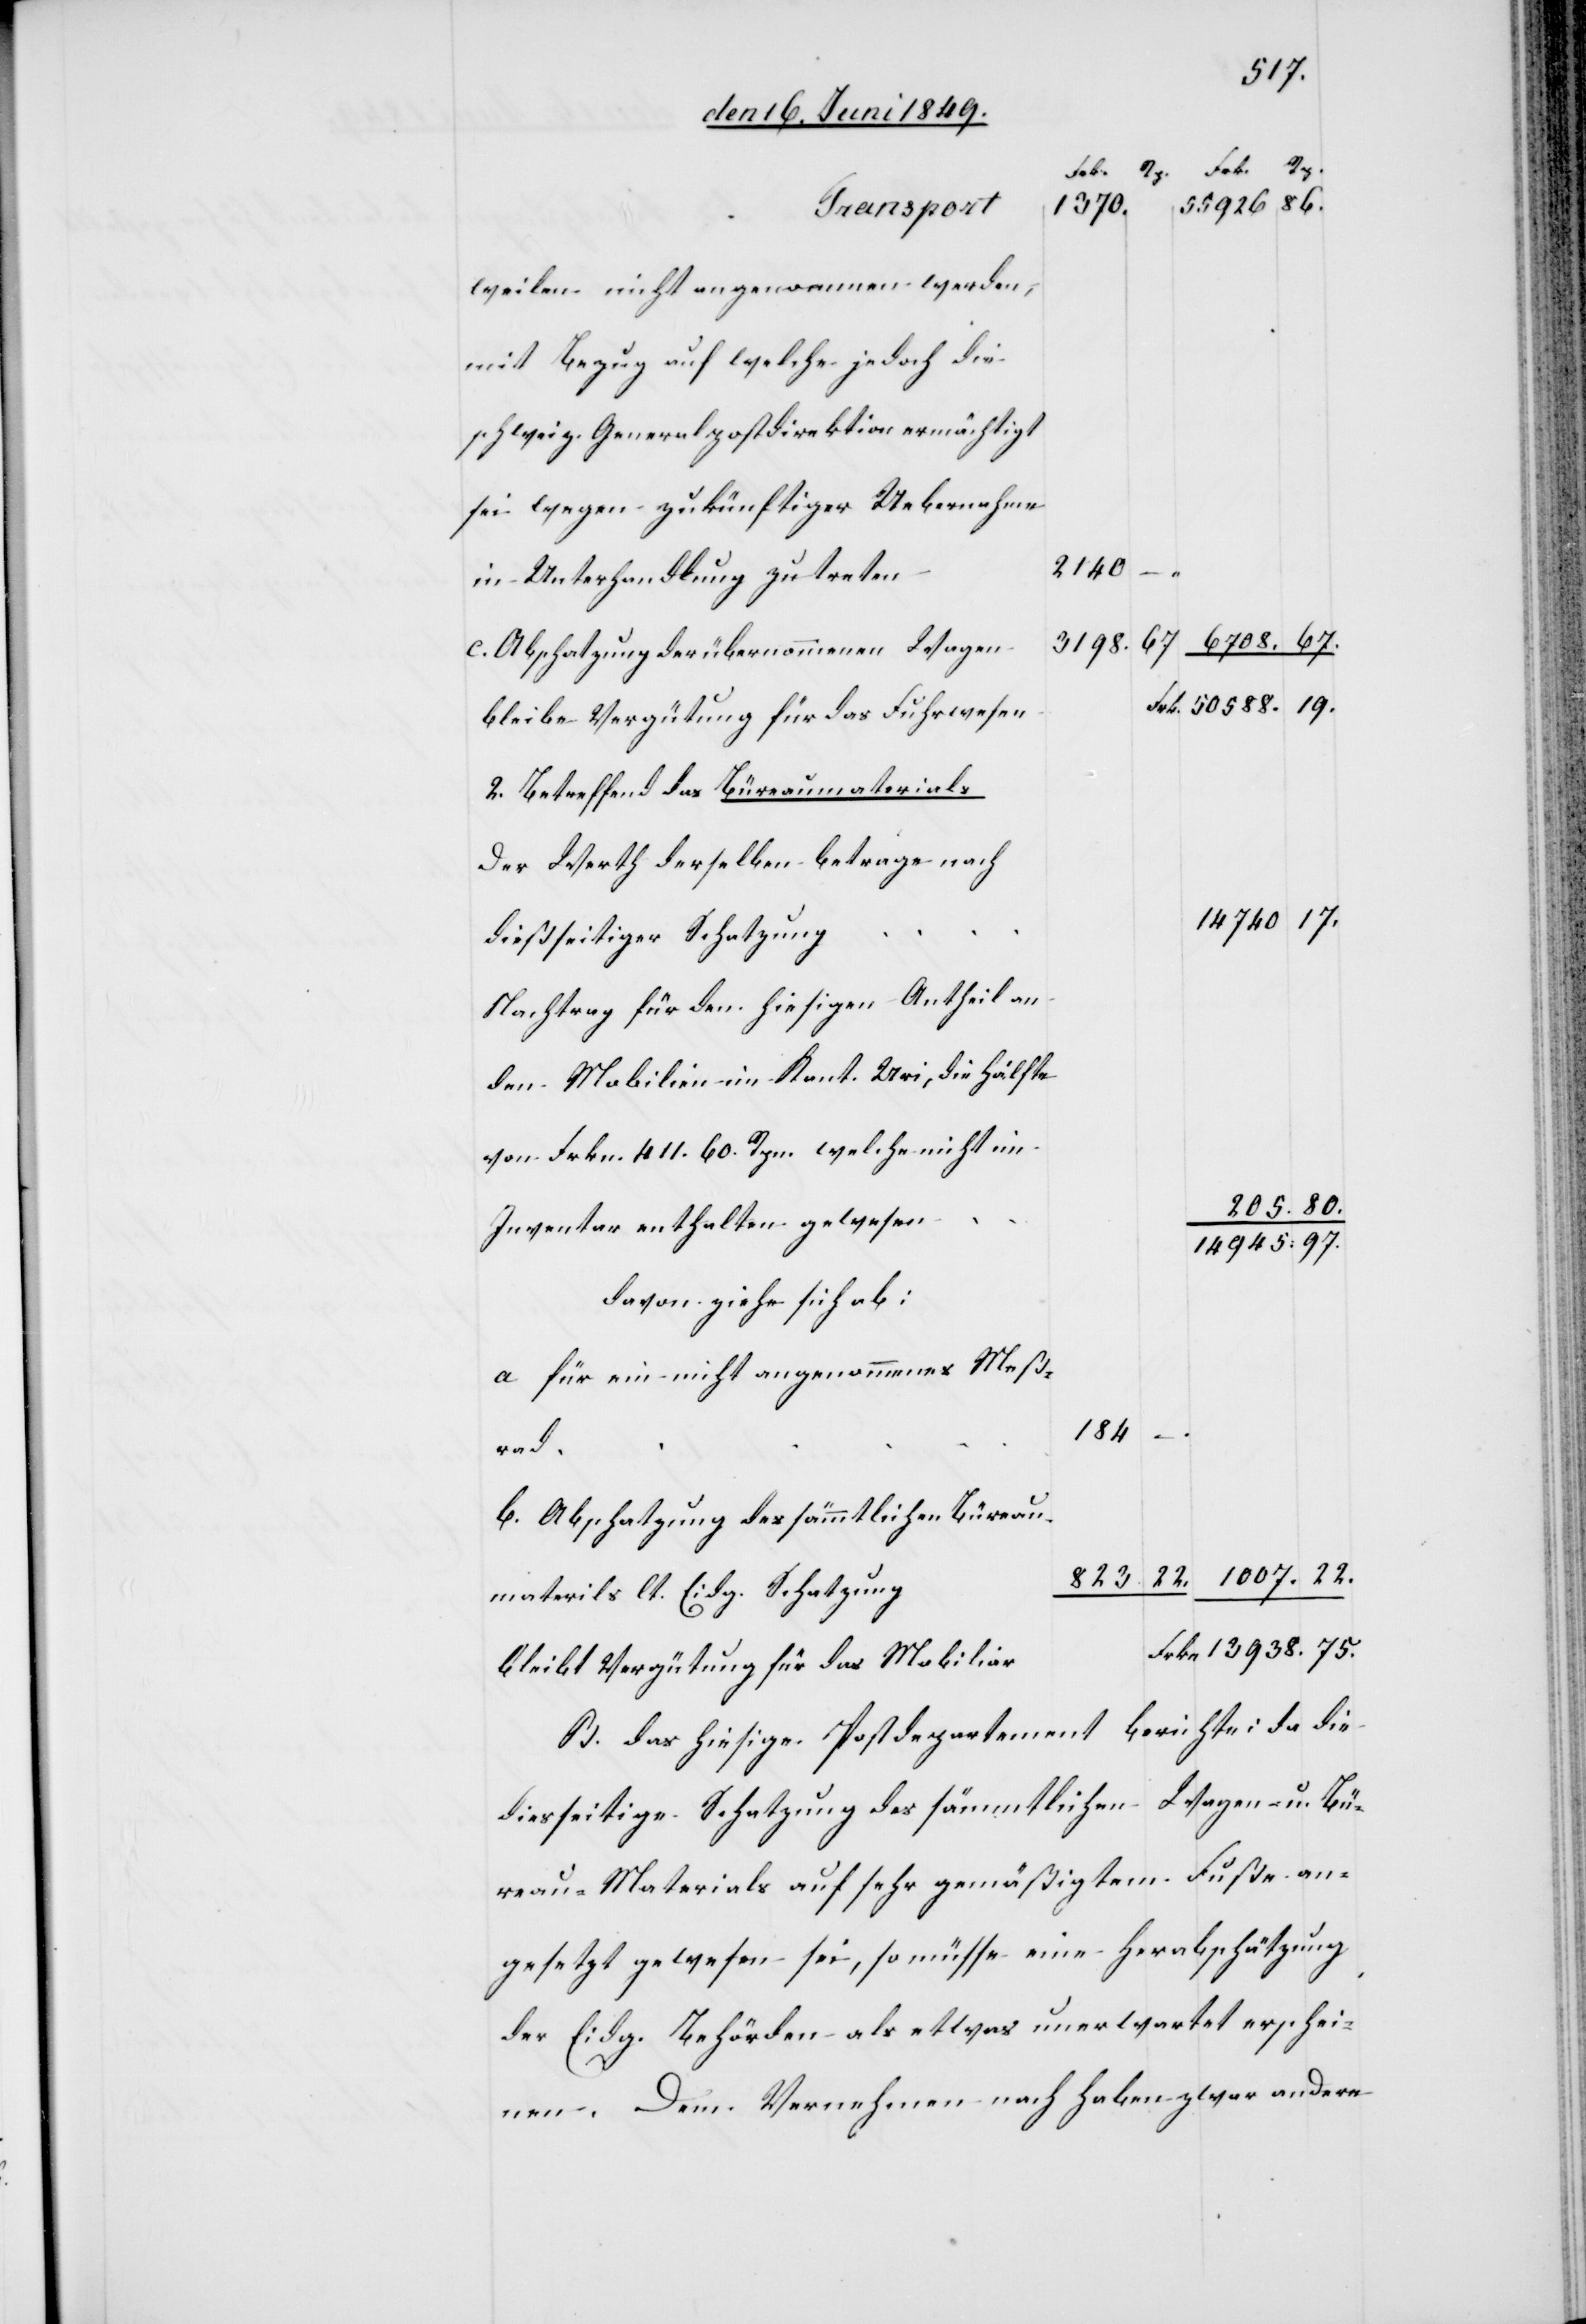
Eidg.
rad.		184	–
weilen nicht angenommen werden,
Bezug auf welche jedoch die
r			F¬
60.
c. Abschatzung der übernommenen Wage¬
bleibe Vergütung für das Fuhrwese¬
2. Betreffend das Büreaumaterials
Der Werth derselben betrage nach
Nachtrag für den hiesigen Antheil an
Mobilien im Kant. Uri, die Hälfte
14 945.	97.
davon ziehe sich ab:
a. für ein nicht angenommenes Maß¬
b. Abschatzung des sämmtlichen Büreau-
411.
rkn.	13 938.	75.
bleibt Vergütung für das Mobilia¬
B. das hiesige Postdepartement berichte: da die
diesseitige Schatzung des sämmtlichen Wagen u. Bü¬
reau-Materials auf sehr gemäßigtem Fuße an¬
gesetzt gewesen sei, so müsse eine Herabschätzung
der Eidg. Behörden als etwas unerwartet erschei¬
nen. Dem Vernehmen nach haben zwar andere